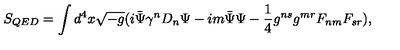
S _ { Q E D } = \int d ^ { 4 } x \sqrt { - g } ( i \bar { \Psi } \gamma ^ { n } D _ { n } \Psi - i m \bar { \Psi } \Psi - \frac { 1 } { 4 } g ^ { n s } g ^ { m r } F _ { n m } F _ { s r } ) ,